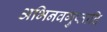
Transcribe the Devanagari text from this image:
अभिनवगुप्तादि